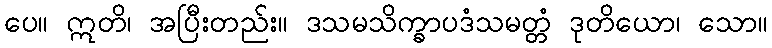
ပေ။ ဣတိ၊ အပြီးတည်း။ ဒသမသိက္ခာပဒံသမတ္တံ ဒုတိယော၊ သော။